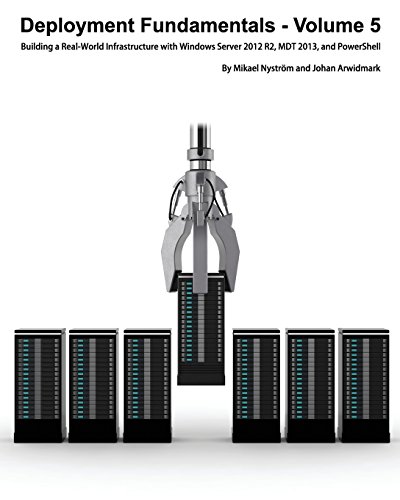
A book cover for Deployment Fundamentals, Vol. 5: Building a Real-World Infrastructure with Windows Server 2012 R2, Mdt 2013, and Powershell; Johan Arwidmark; Computers & Technology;